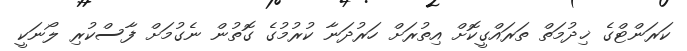
ކަރަންޓްގެ ޚިދުމަތް ތަރައްގީކޮށް އިތުރަށް ހަރުދަނާ ކުރުމުގެ ގޮތުން ނެގުމަށް ފާސްކުރި ލޯނަކީ